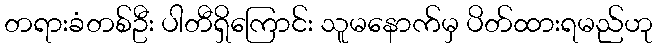
တရားခံတစ်ဦး ပါတီရှိကြောင်း သူမနောက်မှ ပိတ်ထားရမည်ဟု